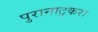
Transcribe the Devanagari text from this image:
पुरानाटुकरा